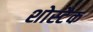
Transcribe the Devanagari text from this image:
शोस्टैक